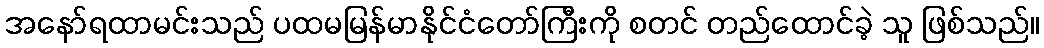
အနော်ရထာမင်းသည် ပထမမြန်မာနိုင်ငံတော်ကြီးကို စတင် တည်ထောင်ခဲ့ သူ ဖြစ်သည်။